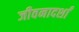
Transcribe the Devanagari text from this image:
जीवनादर्शां